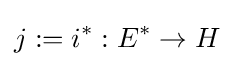
j:=i^{*}:E^{*}\to H